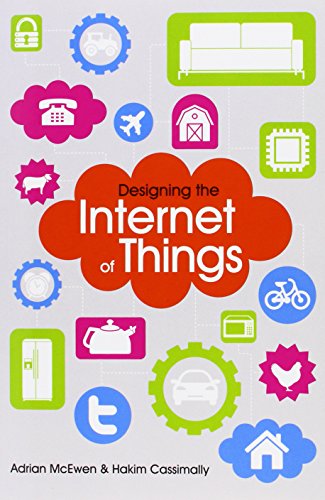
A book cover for Designing the Internet of Things; Adrian McEwen; Computers & Technology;